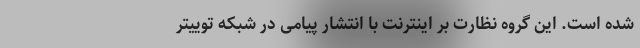
شده است. این گروه نظارت بر اینترنت با انتشار پیامی در شبکه توییتر